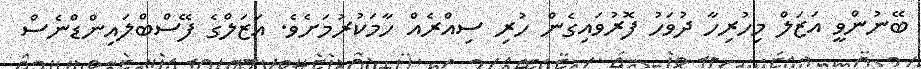
ބޭނުންވީ އަޒަލް މިހުރިހާ ދުވަހު ފޮރުވައިގެން ހުރި ސިއްރެއް ހާމަކުރުމަށެވެ. އަޒަލްގެ ފޭސްބްލައިންޑްނެސް